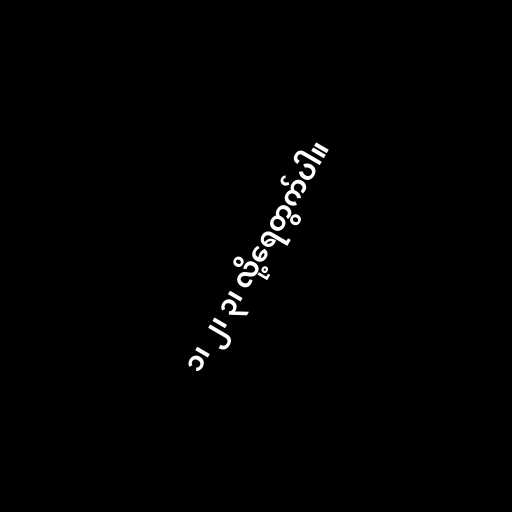
၁၊ ၂၊ ၃၊ လို့ရေတွက်ပါ။